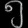
Digit: ၅